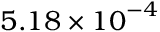
5 . 1 8 \times { { 1 0 } ^ { - 4 } }